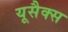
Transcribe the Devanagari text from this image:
यूसैक्स